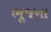
ભૂજના